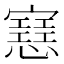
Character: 𢤑